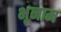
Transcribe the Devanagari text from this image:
भूनाम